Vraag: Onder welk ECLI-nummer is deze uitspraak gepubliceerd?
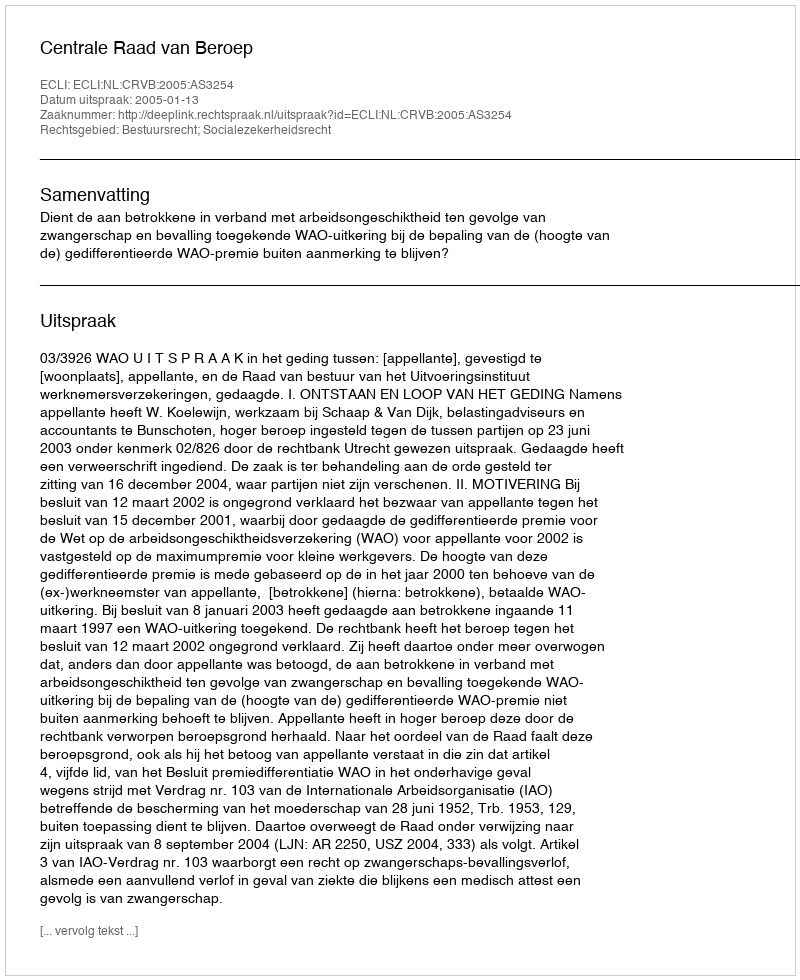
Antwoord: ECLI:NL:CRVB:2005:AS3254